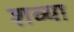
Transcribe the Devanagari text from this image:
शव्या